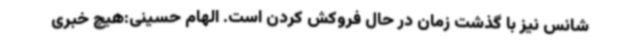
شانس نیز با گذشت زمان در حال فروکش کردن است. الهام حسینی:هیچ خبری